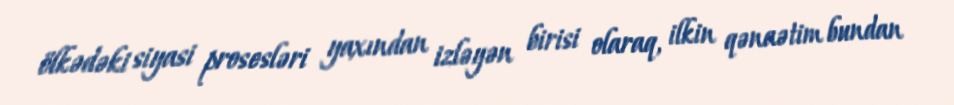
ölkədəki siyasi prosesləri yaxından izləyən birisi olaraq, ilkin qənaətim bundan